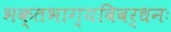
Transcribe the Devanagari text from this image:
भक्‍तभाग्यविवर्धनः